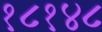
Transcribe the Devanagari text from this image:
१८१४८